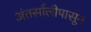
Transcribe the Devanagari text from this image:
अंतर्सालीपासून